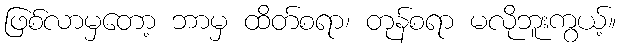
ဖြစ်လာမှတော့ ဘာမှ ထိတ်စရာ၊ တုန်စရာ မလိုဘူးကွယ့်။